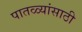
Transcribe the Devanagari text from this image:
पातळ्यांसाठी